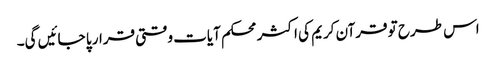
اس طرح تو قرآن کریم کی اکثر محکم آیات وقتی قرار پا جائیں گی۔